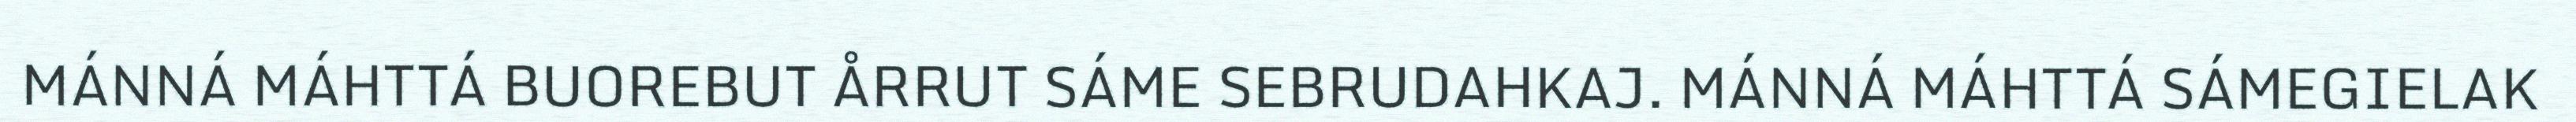
MÁNNÁ MÁHTTÁ BUOREBUT ÅRRUT SÁME SEBRUDAHKAJ. MÁNNÁ MÁHTTÁ SÁMEGIELAK